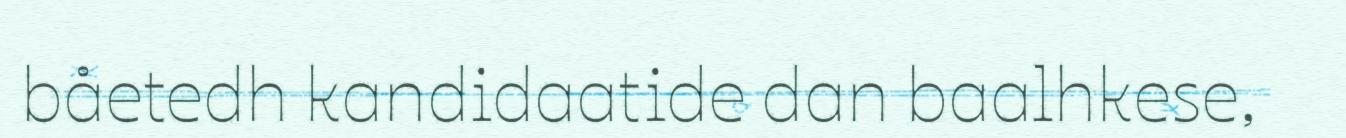
båetedh kandidaatide dan baalhkese,